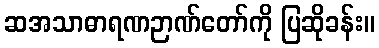
ဆအသာဓာရဏဉာဏ်တော်ကို ပြဆိုခန်း။